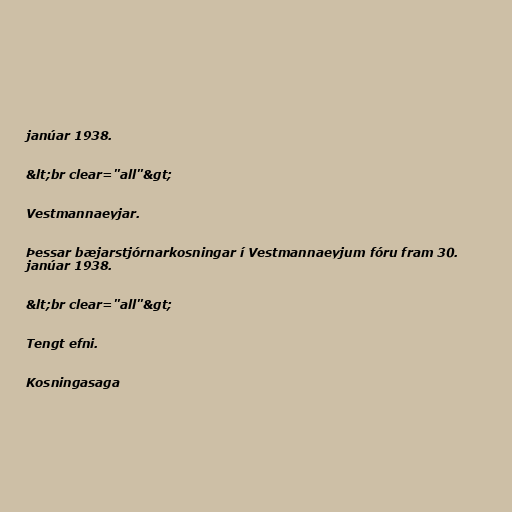
janúar 1938.

&lt;br clear="all"&gt;

Vestmannaeyjar.

Þessar bæjarstjórnarkosningar í Vestmannaeyjum fóru fram 30.
janúar 1938.

&lt;br clear="all"&gt;

Tengt efni.

Kosningasaga